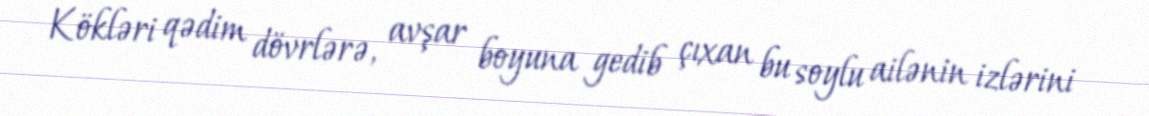
Kökləri qədim dövrlərə, avşar boyuna gedib çıxan bu soylu ailənin izlərini